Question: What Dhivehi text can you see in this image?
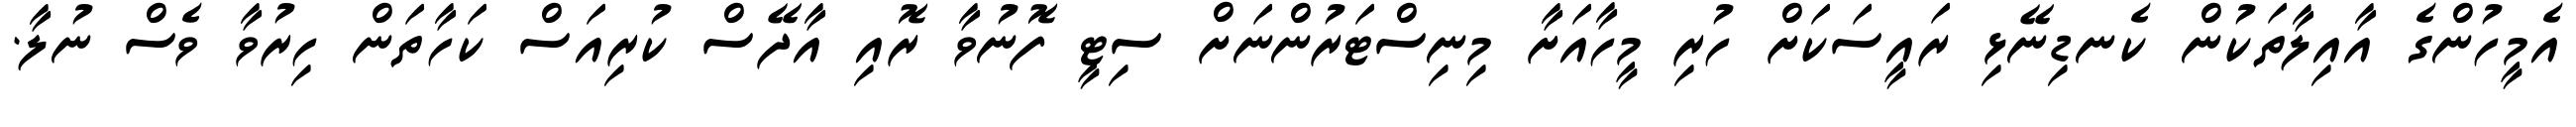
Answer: އެމީހުންގެ އާއިލާތަކުން ކެނޑިނޭޅި ރައީސަކަށް ހުރި މީހާއަށާ މިނިސްޓަރުންނަށް ސިޓީ ފޮނުވާ ރޮއި އާދޭސް ކުރިއަސް ކަހާތަން ހިރުވާ ވެސް ނުލާ.